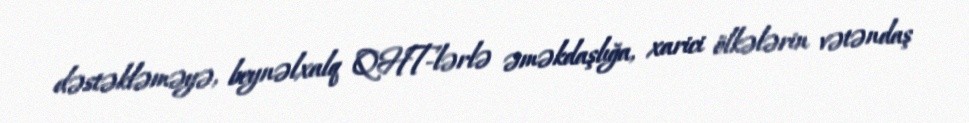
dəstəkləməyə, beynəlxalq QHT-lərlə əməkdaşlığa, xarici ölkələrin vətəndaş